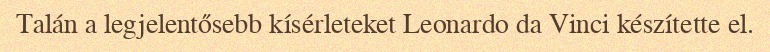
Talán a legjelentősebb kísérleteket Leonardo da Vinci készítette el.